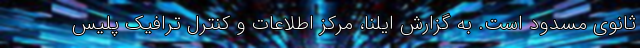
ثانوی مسدود است. به گزارش ایلنا، مرکز اطلاعات و کنترل ترافیک پلیس